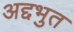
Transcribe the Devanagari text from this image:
अद्दभुत